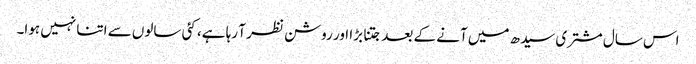
اس سال مشتری سیدھ میں آنے کے بعد جتنا بڑا اور روشن نظر آ رہا ہے، کئی سالوں سے اتنا نہیں ہوا۔